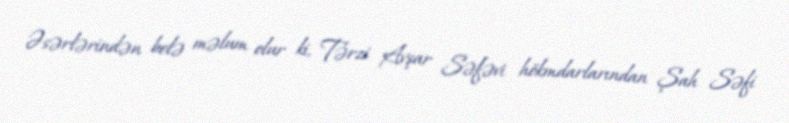
Əsərlərindən belə məlum olur ki, Tərzi Avşar Səfəvi hökmdarlarından Şah Səfi